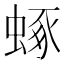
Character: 𧌮